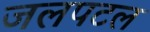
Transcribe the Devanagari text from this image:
जलपटल